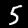
Digit: 5